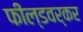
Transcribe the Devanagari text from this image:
फील्डवर्कर